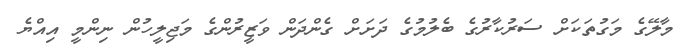
މާލޭގެ މަގުތަކަށް ސަރުކާރުގެ ބެލުމުގެ ދަށަށް ގެންދަން ވަޒީރުންގެ މަޖިލީހުން ނިންމީ އިއްޔެ